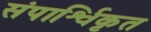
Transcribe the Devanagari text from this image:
संपार्श्विकृत